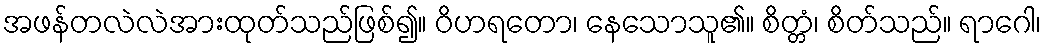
အဖန်တလဲလဲအားထုတ်သည်ဖြစ်၍။ ဝိဟရတော၊ နေသောသူ၏။ စိတ္တံ၊ စိတ်သည်။ ရာဂေါ၊